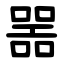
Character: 噐